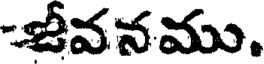
-జీవనము.